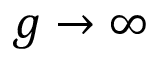
g \to \infty